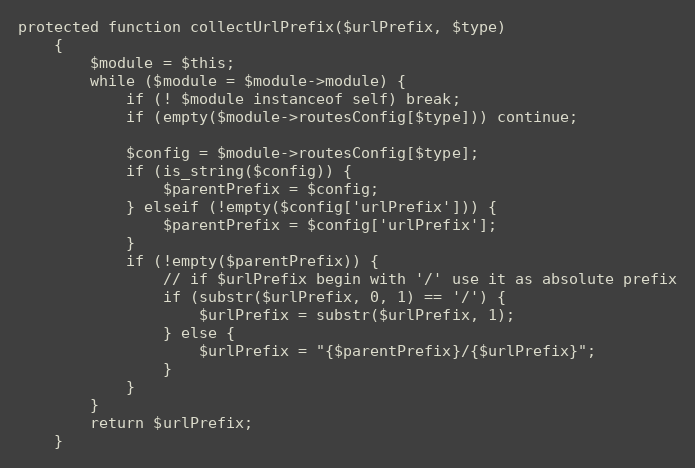
Language: PHP
protected function collectUrlPrefix($urlPrefix, $type)
    {
        $module = $this;
        while ($module = $module->module) {
            if (! $module instanceof self) break;
            if (empty($module->routesConfig[$type])) continue;

            $config = $module->routesConfig[$type];
            if (is_string($config)) {
                $parentPrefix = $config;
            } elseif (!empty($config['urlPrefix'])) {
                $parentPrefix = $config['urlPrefix'];
            }
            if (!empty($parentPrefix)) {
                // if $urlPrefix begin with '/' use it as absolute prefix
                if (substr($urlPrefix, 0, 1) == '/') {
                    $urlPrefix = substr($urlPrefix, 1);
                } else {
                    $urlPrefix = "{$parentPrefix}/{$urlPrefix}";
                }
            }
        }
        return $urlPrefix;
    }